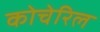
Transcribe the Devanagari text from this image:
कोचेरिल